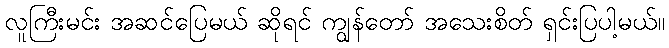
လူကြီးမင်း အဆင်ပြေမယ် ဆိုရင် ကျွန်တော် အသေးစိတ် ရှင်းပြပါ့မယ်။